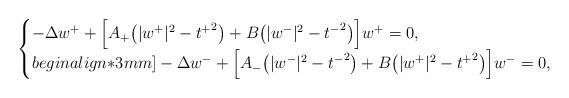
LaTeX: \begin{align*} \begin{cases} -\Delta w^+ +\Big[A_+\big(|w^+|^2-{t^+}^2\big)+B\big(|w^-|^2-{t^-}^2\big)\Big]w^+=0, \\begin{align*}3mm]-\Delta w^- +\Big[A_-\big(|w^-|^2-{t^-}^2\big)+B\big(|w^+|^2-{t^+}^2\big)\Big]w^-=0,\end{cases}\end{align*}